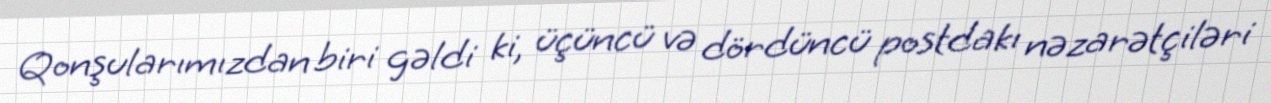
Qonşularımızdan biri gəldi ki, üçüncü və dördüncü postdakı nəzarətçiləri